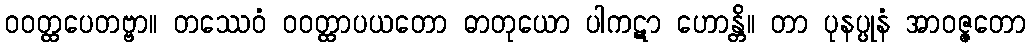
ဝဝတ္ထပေတဗ္ဗာ။ တဿေဝံ ဝဝတ္ထာပယတော ဓာတုယော ပါကဋာ ဟောန္တိ။ တာ ပုနပ္ပုနံ အာဝဇ္ဇတော